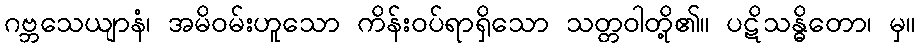
ဂဗ္ဘသေယျာနံ၊ အမိဝမ်းဟူသော ကိန်းဝပ်ရာရှိသော သတ္တဝါတို့၏။ ပဋိသန္ဓိတော၊ မှ။